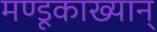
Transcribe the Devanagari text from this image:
मण्डूकाख्यान्